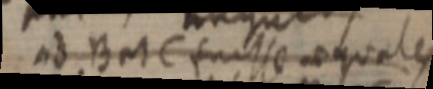
ad B et C inisse aequales